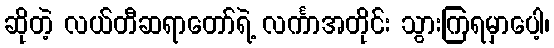
ဆိုတဲ့ လယ်တီဆရာတော်ရဲ့ လင်္ကာအတိုင်း သွားကြရမှာပေါ့၊